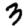
Digit: 3